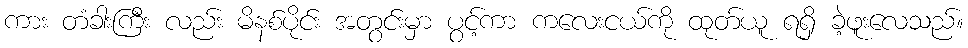
ကား တံခါးကြီး လည်း မိနစ်ပိုင်း အတွင်းမှာ ပွင့်ကာ ကလေးငယ်ကို ထုတ်ယူ ရရှိ ခဲ့ဖူးလေသည်။